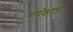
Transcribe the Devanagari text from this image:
चापेकरला